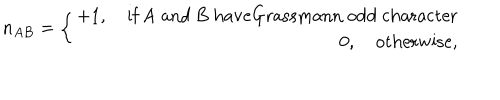
n _ { A B } = \left\{ \begin{array} { r l } { { + 1 , \quad \mathrm { i f ~ A ~ a n d ~ B ~ h a v e G r a s s m a n n ~ o d d ~ c h a r a c t e r } } } \\ { { 0 , \quad \mathrm { o t h e r w i s e , } } } \\ \end{array} \right.